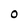
Character: 0